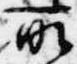
所